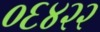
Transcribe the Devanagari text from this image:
०६४२२